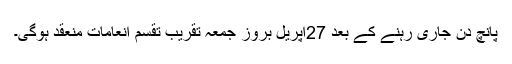
پانچ دن جاری رہنے کے بعد 27اپریل بروز جمعہ تقریب تقسم انعامات منعقد ہوگی۔